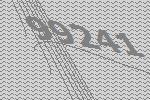
99241